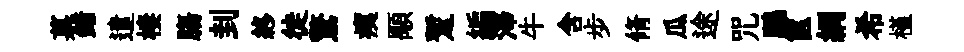
菓錯遣棲膓刲終徒驚痍顒蹔編澤牛含步脩瓜途咒鵬篋綱希槿